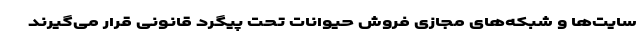
سایت‌ها و شبکه‌های مجازی فروش حیوانات تحت پیگرد قانونی قرار می‌گیرند